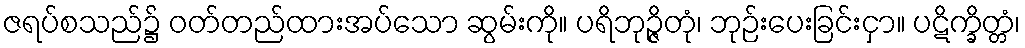
ဇရပ်စသည်၌ ဝတ်တည်ထားအပ်သော ဆွမ်းကို။ ပရိဘုဉ္ဇိတုံ၊ ဘုဉ်းပေးခြင်းငှာ။ ပဋိက္ခိတ္တံ၊